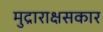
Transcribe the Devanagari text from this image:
मुद्राराक्षसकार